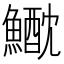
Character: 𩻕